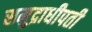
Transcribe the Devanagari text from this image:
समुद्राधीपती